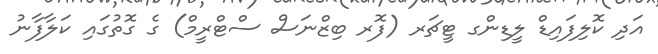
އަދި ކޮލިފައިޑް ލީޑިންގ ޓީޗަރ (ފޮރ ބިޒްނަސް ސްޓްރީމް) ގެ ގޮތުގައި ކަލާފާނު